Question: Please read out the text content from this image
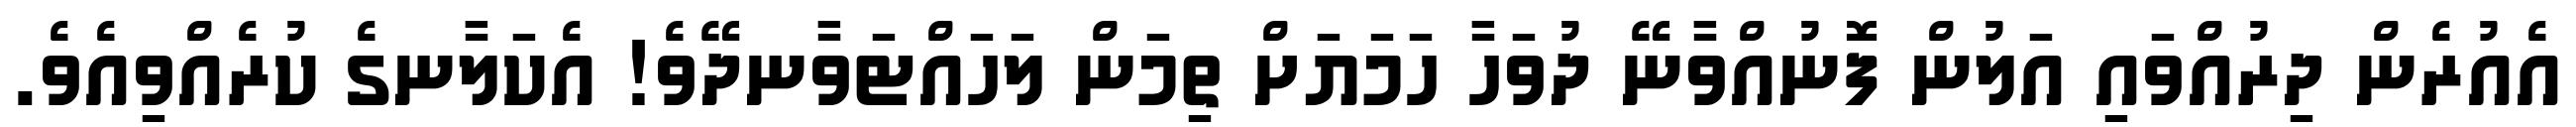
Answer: އެއުރެން ދިރުއްވައި އަލުން ފޮނުއްވާނޭ ދުވަހާ ހަމަޔަށް ތިމަން ލަހައްޓަވާނދޭވެ! އެކަލާނގެ ކުރެއްވިއެވެ.